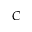
C